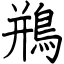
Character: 鵧